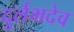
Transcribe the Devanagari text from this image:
दुर्लभदेव